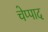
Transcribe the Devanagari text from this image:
चेप्पाद